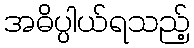
အဓိပ္ပါယ်ရသည့်